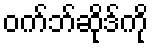
ဝက်ဘ်ဆိုဒ်ကို